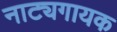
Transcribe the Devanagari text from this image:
नाट्यगायक